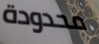
محدودة